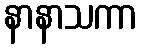
နာနာသကာ